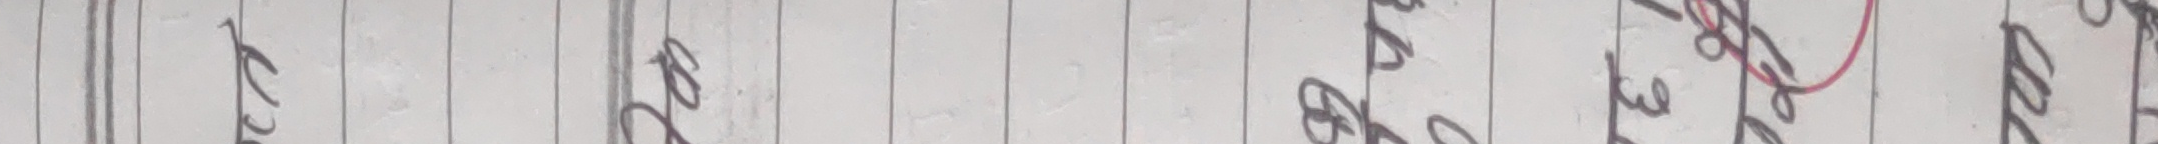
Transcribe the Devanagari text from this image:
खनखलखल३लल